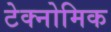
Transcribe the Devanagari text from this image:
टेक्नोमिक